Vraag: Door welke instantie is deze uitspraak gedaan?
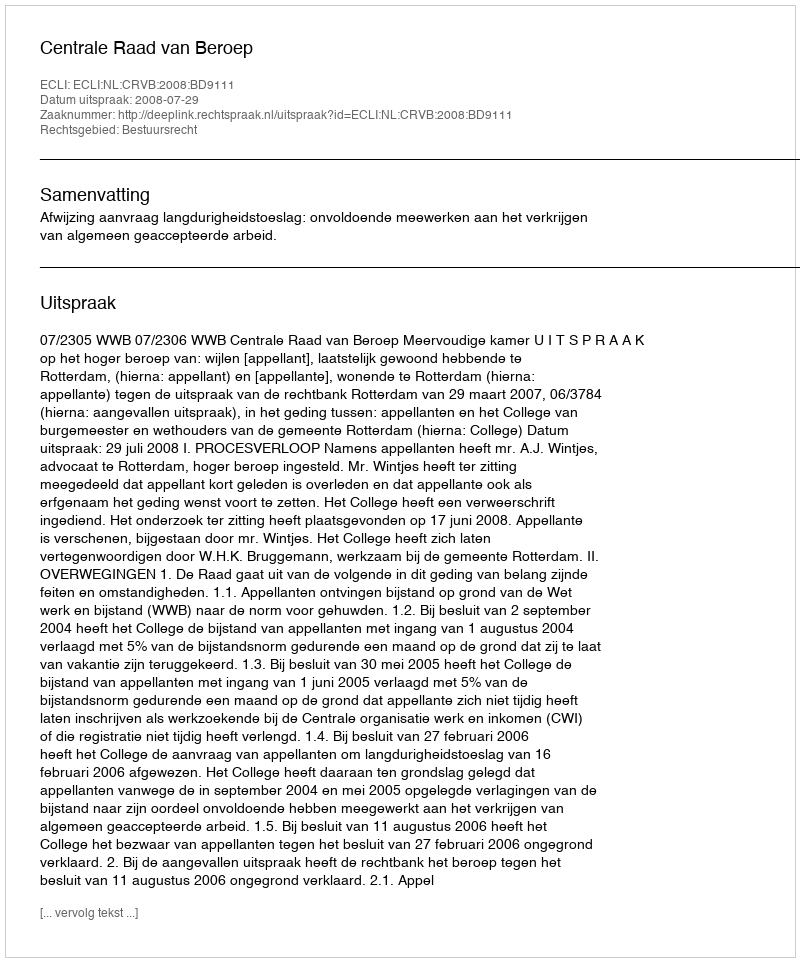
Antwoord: Centrale Raad van Beroep